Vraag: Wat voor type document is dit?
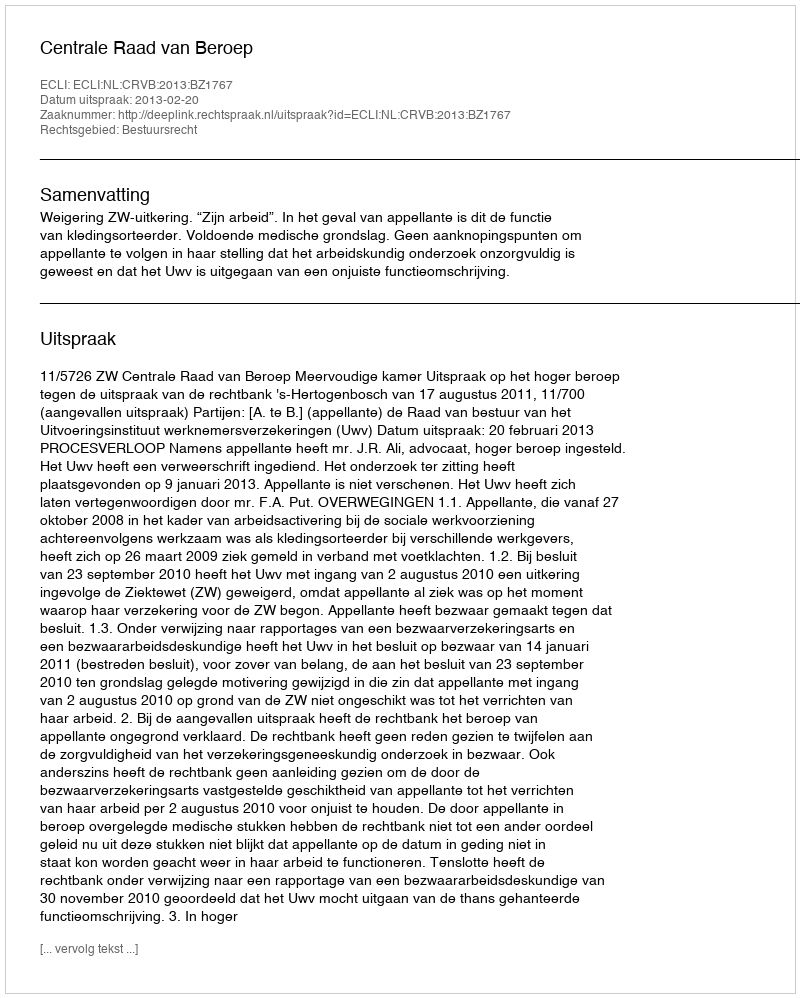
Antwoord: Uitspraak